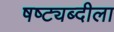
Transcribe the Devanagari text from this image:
षष्ट्यब्दीला